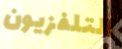
التلفزيون